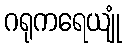
ဂရုကရေယျုံ